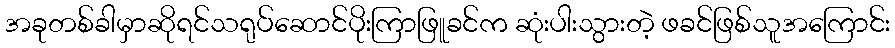
အခုတစ်ခါမှာဆိုရင်သရုပ်ဆောင်ပိုးကြာဖြူခင်က ဆုံးပါးသွားတဲ့ ဖခင်ဖြစ်သူအကြောင်း